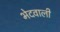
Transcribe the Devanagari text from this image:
भेदवाली